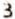
3